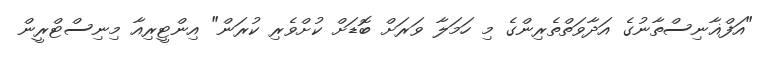
"އަފްޣާނިސްތާނުގެ އަދާވަތްތެރިންގެ މި ހަމަލާ ވަރަށް ބޮޑަށް ކުށްވެރި ކުރަން" އިންޓީރިއާ މިނިސްޓްރީން